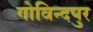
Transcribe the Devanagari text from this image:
गोविन्‍दपुर